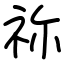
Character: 祢